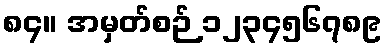
၈၄။ အမှတ်စဉ် ၁၂၃၄၅၆၇၈၉